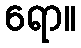
ရော။